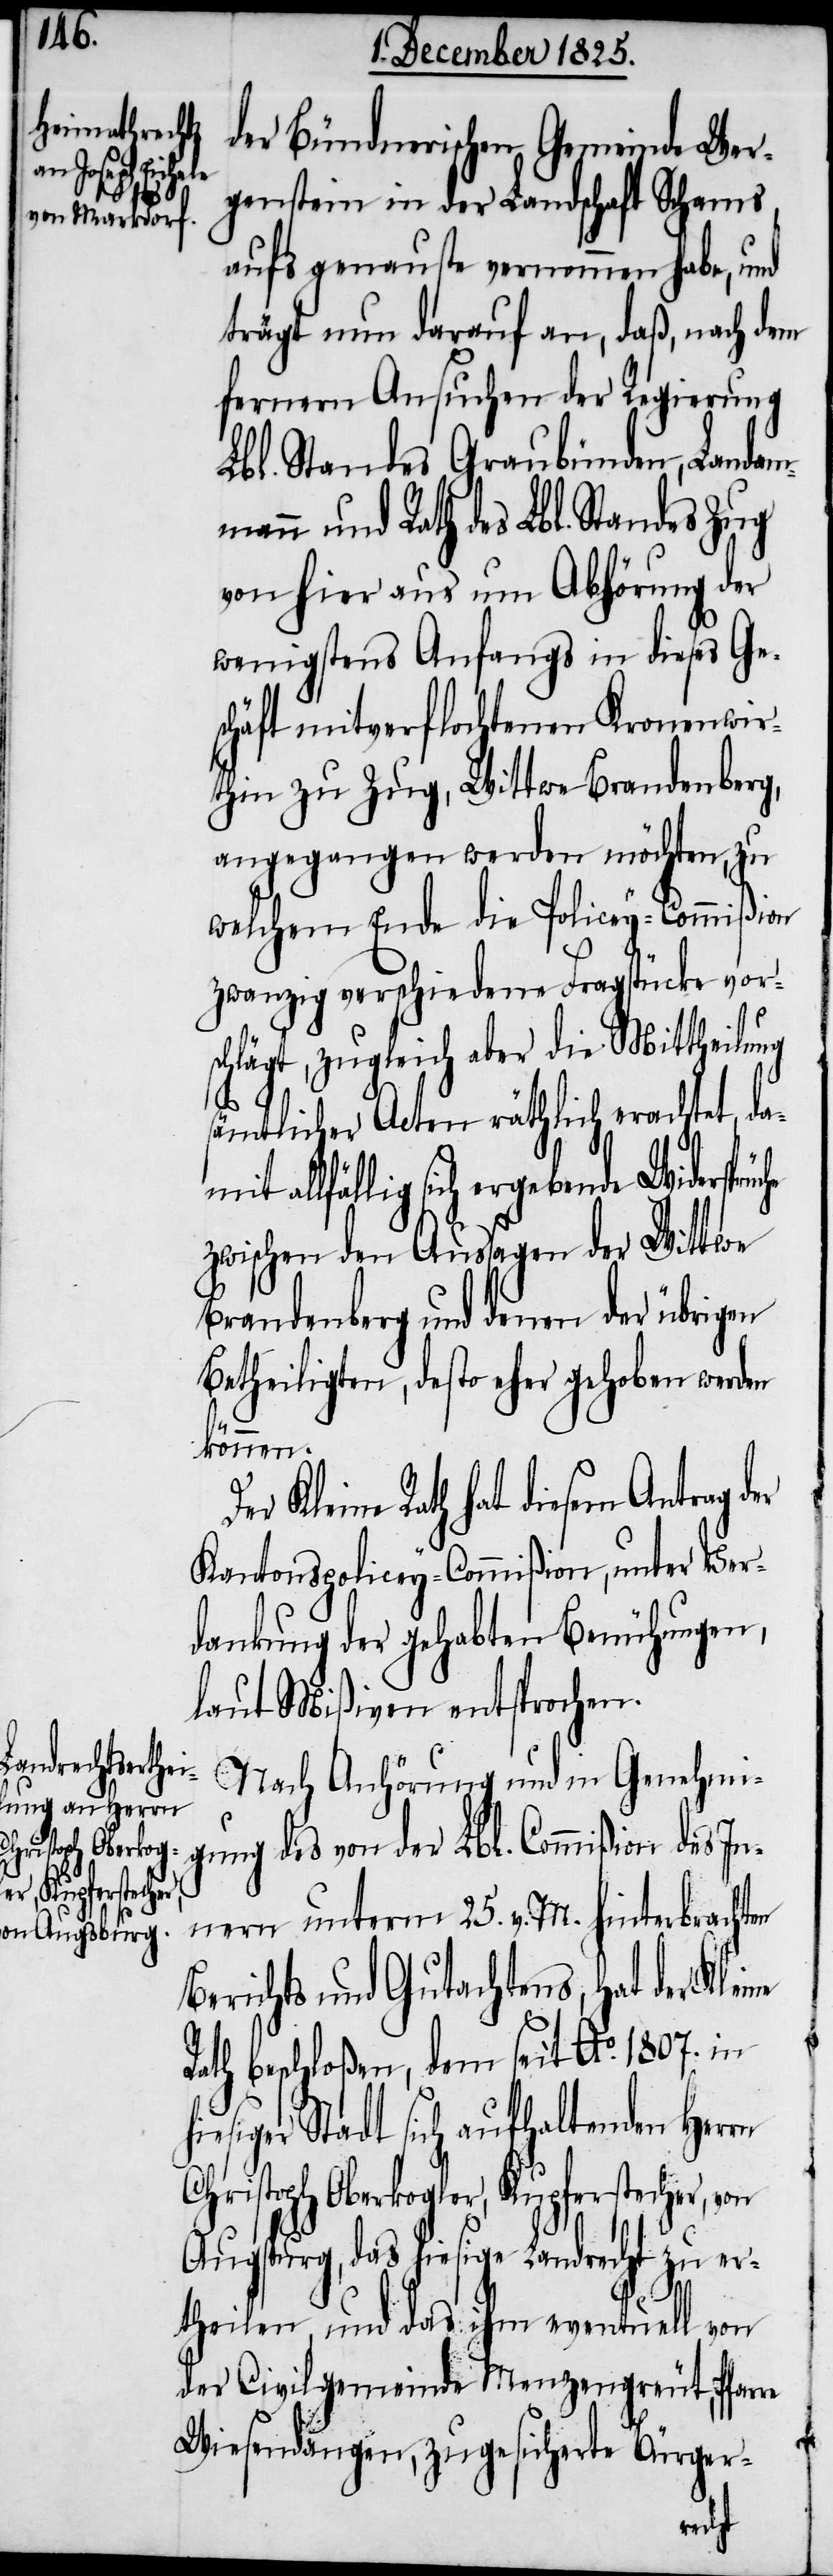
rüche

der Bündnerischen Gemeinde Wer¬
genstein in der Landschaft Schams
aufs genauste vernommen habe, und
trägt nun darauf an, daß, nach dem
fernern Ansuchen der Regierung
Lbl. Standes Graubünden, Landam¬
mann und Rath des Lbl. Standes Zug
von hier aus um Anhörung der
wenigstens Anfangs in dieses Ge¬
schäft mitverflochtenen Kronenwir¬
thin zu Zug, Wittwe Brandenberg,
angegangen werden möchten, zu
welchem Ende die Policey-Commißion
zwanzig verschiedene Fragstücke vors¬
chlägt, zugleich aber die Mittheilung
sämtlicher Acten räthlich erachtet, da¬
allfällig sich ergebende Widersp¬
zwischen den Aussagen der Wittwe
Brandenberg und denen der übrigen
Betheiligten, desto eher gehoben werden
können.
Kleine Rath hat diesem Antrag d¬
Kantonspolicey-Commißion, unter Ver¬
dankung der gehabten Bemühungen,
laut Mißiven entsprochen.
Nach Anhörung und in Genehmi¬
gung des von der Lbl. Commißion des In¬
nern unterm 25. v. M. hinterbrachten
Berichts und Gutachtens, hat der Kle¬
Rath beschloßen, dem seit Ao. 1807. in
hiesiger Stadt sich aufhaltenden Herrn
Christoph Oberkogler, Kupferstecher, von
Augspurg, das hiesige Landrecht zu er¬
theilen und das ihm eventuell von
der Civilgemeinde Menzengreut, Pfarre
Wiesendangen, zugesicherte Bürger-
ine